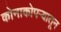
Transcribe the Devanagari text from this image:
कोनाकोपऱ्यातून